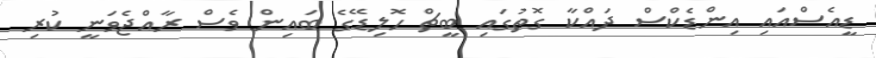
ޑީއެސްއައި އިންޑެކްސް ދައްކާ ގޮތުގައި ބީޗް ހޮލިޑޭގެ ބައިން ވެސް ރާއްޖެވަނީ ކުރި